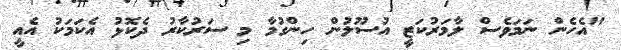
"އެހެން ނަމަވެސް ލާމަރުކަޒީ އުސޫލުން ހިންގުމާ މި ސަރުކާރު ދެކޮޅު އެކަމަކު އެއީ